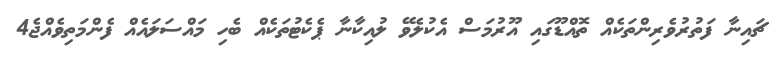
ޗައިނާ ފަތުރުވެރިންތަކެއް ތޮއްޑޫގައި އޫރުމަސް އެކުލެވޭ ލުއިކާނާ ޕެކެޓުތަކެއް ބެހި މައްސަލައެއް ފެންމަތިވެއްޖެ4